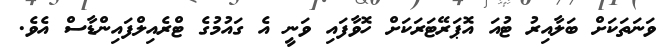
ވަނަތަކަށް ބަލާއިރު ޓުއަ އޮޕަރޭޓަރަކަށް ހޮވާފައި ވަނީ އެ ގައުމުގެ ޓްރެއިލްފައިންޑާސް އެވެ.